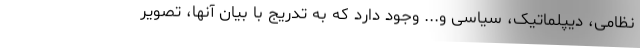
نظامی، دیپلماتیک، سیاسی و... وجود دارد که به تدریج با بیان آنها، تصویر